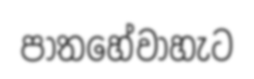
පාතහේවාහැට